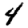
Digit: 4